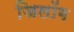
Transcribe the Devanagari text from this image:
जिलॉग